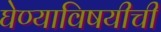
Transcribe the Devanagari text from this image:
घेण्याविषयीची